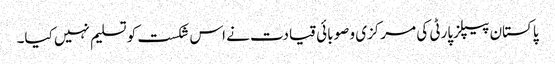
پاکستان پیپلزپارٹی کی مرکزی و صوبائی قیادت نے اس شکست کو تسلیم نہیں کیا۔